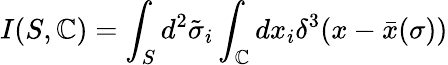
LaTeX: I(S,\mathbb{C})=\int_{S}d^{2}\tilde{{\sigma}}_{i}\int_{\mathbb{C}}dx_{i}\delta^{3}(x-\bar{{x}}(\sigma))